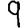
Digit: 9